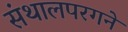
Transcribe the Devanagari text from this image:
संथालपरगने